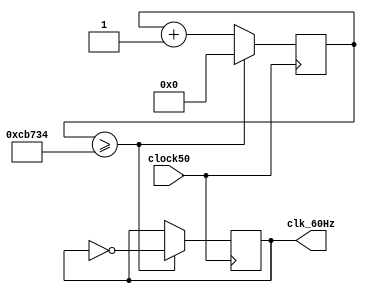
module clock_60Hz(
    input wire clock50,      // 50 MHz input clock
    output reg clk_60Hz      // 60 Hz output clock
);

 reg [19:0] counter = 20'd0; // 20-bit counter to count up to 833333 (needs 20 bits)

 always @(posedge clock50) begin
	  if (counter >= 833332) begin // 833333 counts for 60 Hz
			counter <= 20'd0;       // Reset counter
			clk_60Hz <= ~clk_60Hz;  // Toggle output clock
	  end else begin
			counter <= counter + 1; // Increment counter
	  end
 end

endmodule